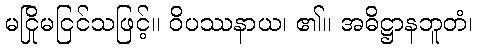
မငြိုမငြင်သဖြင့်။ ဝိပဿနာယ၊ ၏။ အဓိဋ္ဌာနဘူတံ၊